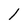
Character: 1